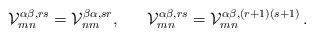
LaTeX: \begin{align*}{\cal V}^{\alpha \beta,rs}_{mn}={\cal V}^{\beta\alpha,sr}_{nm},~~~~~{\cal V}^{\alpha \beta,rs}_{mn}={\cal V}^{\alpha \beta,(r+1)(s+1)}_{mn}\,.\end{align*}